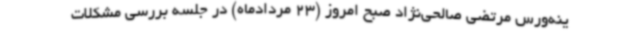
ینه‌ورس مرتضی صالحی‌نژاد صبح امروز (23 مردادماه) در جلسه بررسی مشکلات